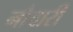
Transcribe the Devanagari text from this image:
नौवारी